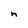
Character: n